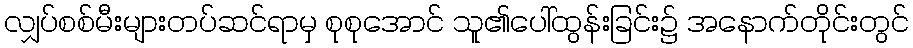
လျှပ်စစ်မီးများတပ်ဆင်ရာမှ စုစုအောင် သူ၏ပေါ်ထွန်းခြင်း၌ အနောက်တိုင်းတွင်